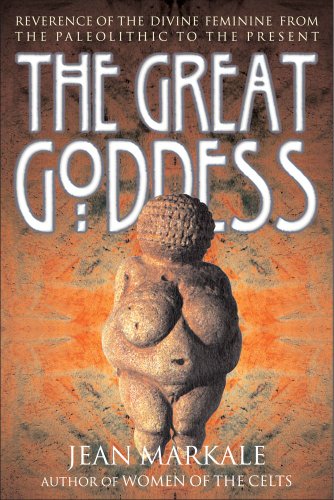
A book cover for The Great Goddess: Reverence of the Divine Feminine from the Paleolithic to the Present; Jean Markale; Religion & Spirituality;